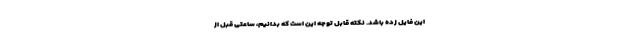
این فایل زده باشد. نکته قابل توجه این است که بدانیم، ساعتی قبل از